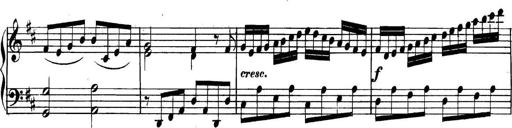
Title: Collected Piano Sonatas
Composer: Muzio Clementi